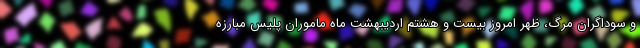
و سوداگران مرگ، ظهر امروز بیست و هشتم اردیبهشت ماه ماموران پلیس مبارزه